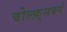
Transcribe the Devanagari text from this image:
वोल्फ़्सबर्ग